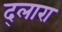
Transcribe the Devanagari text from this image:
द्लारा